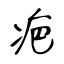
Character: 疤